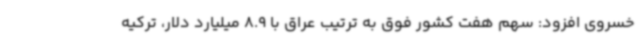
خسروی افزود: سهم هفت کشور فوق به ترتیب عراق با 8.9 میلیارد دلار، ترکیه